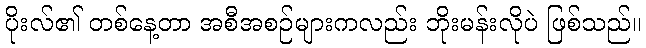
ပိုးလ်၏ တစ်နေ့တာ အစီအစဉ်များကလည်း ဘိုးမန်းလိုပဲ ဖြစ်သည်။